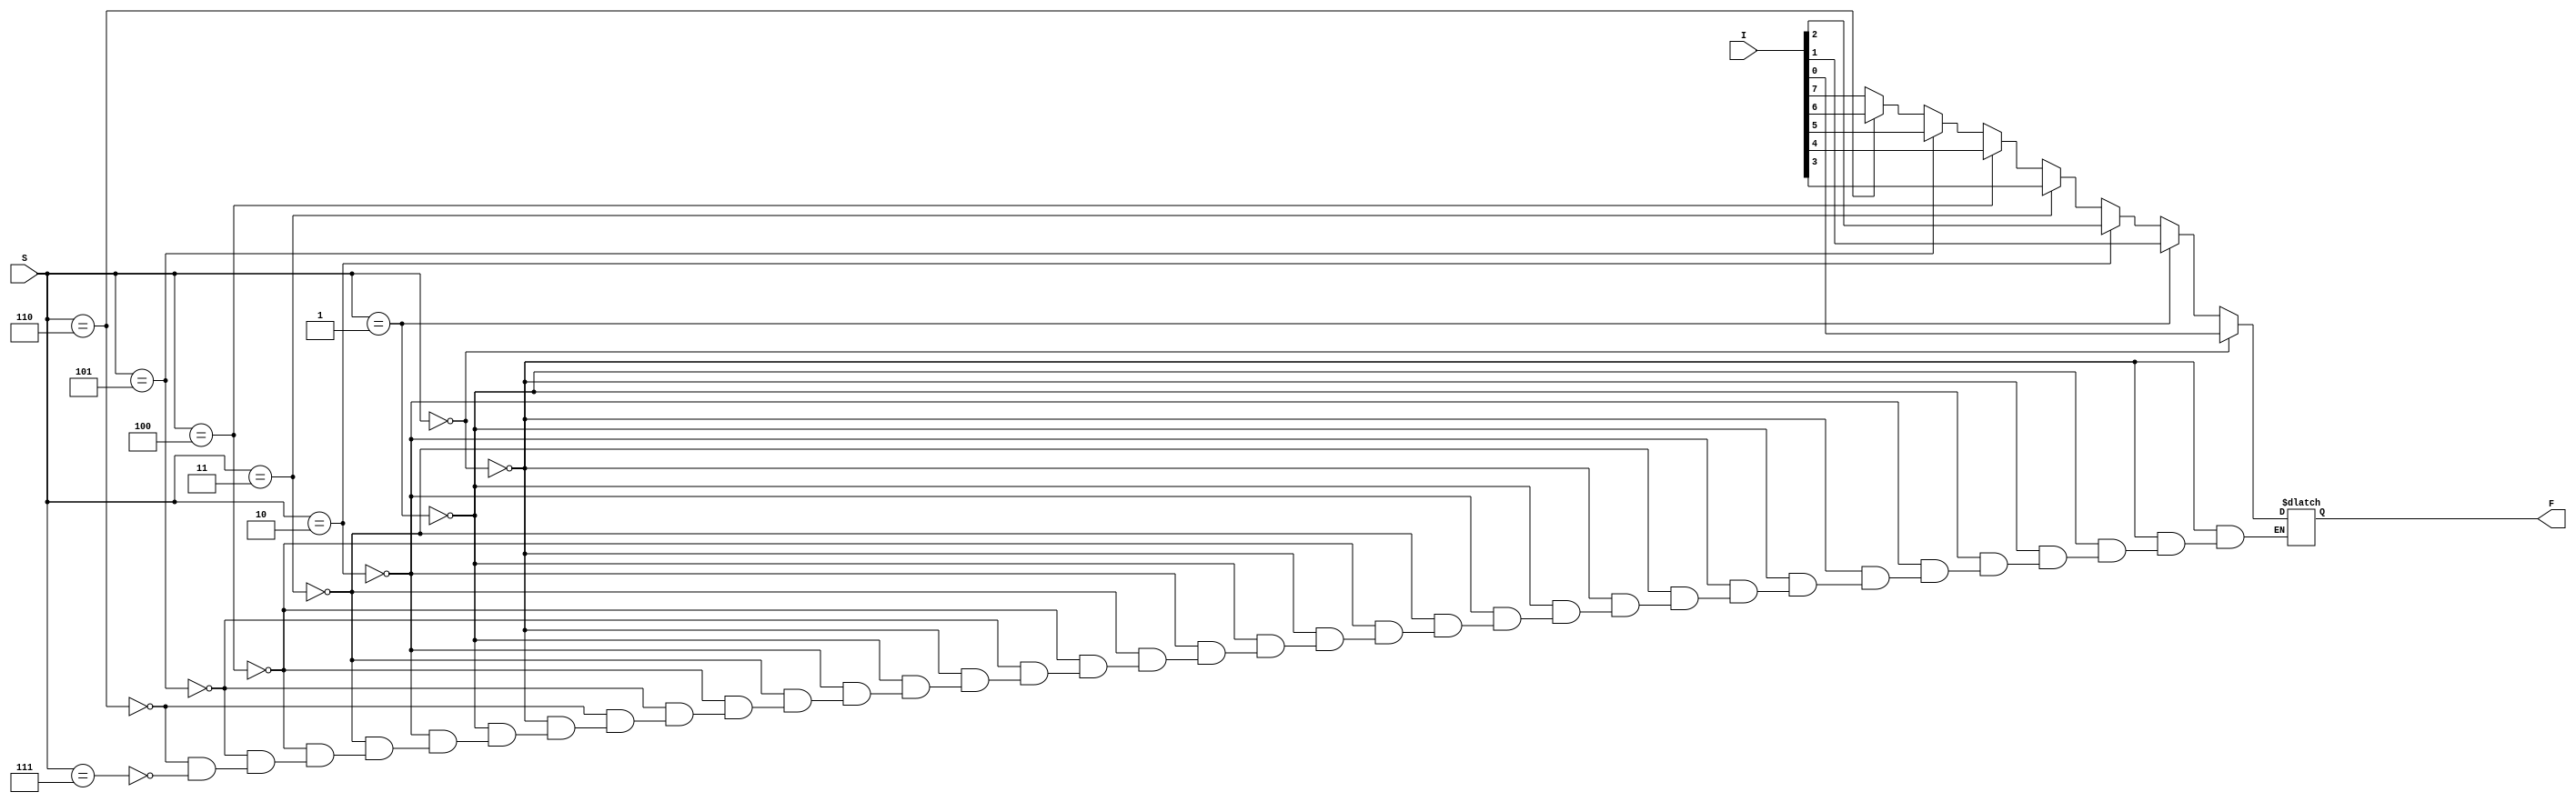
module MUL8_1(I, S, F);
    input [2:0] S;
    input [7:0] I;
    output F;

    reg F;

    always @(I or S)
        if (S == 3'b000)
            F = I[0];
        else if (S == 3'b001)
            F = I[1];
        else if (S == 3'b010)
            F = I[2];
        else if (S == 3'b011)
            F = I[3];
        else if (S == 3'b100)
            F = I[4];
        else if (S == 3'b101)
            F = I[5];
        else if (S == 3'b110)
            F = I[6];
        else if (S == 3'b111)
            F = I[7];
endmodule